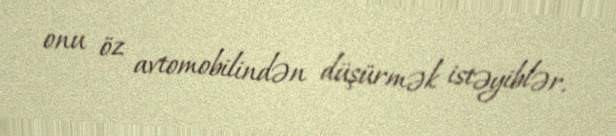
onu öz avtomobilindən düşürmək istəyiblər.